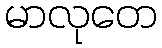
မာလုတေ